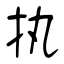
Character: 执